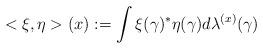
LaTeX: \begin{align*}<\xi,\eta>(x):= \int \xi(\gamma)^{*}\eta(\gamma)d \lambda^{(x)}(\gamma)\end{align*}